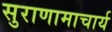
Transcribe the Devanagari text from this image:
सुराणामाचार्य